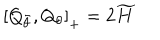
\left[ Q _ { \bar { \theta } } , Q _ { \theta } \right] _ { + } = 2 \widetilde { H }